Indian Civil Veterinary Department memoirs
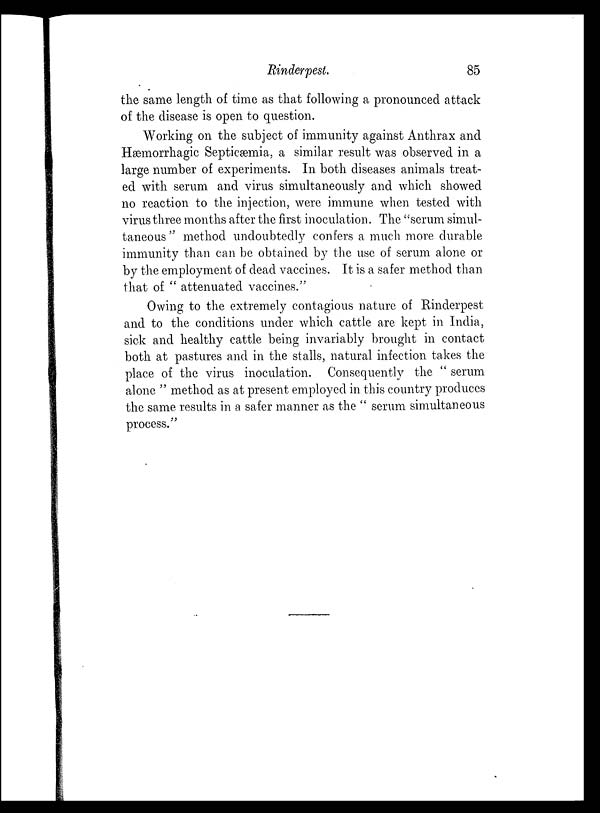
Rinderpest.
85
the same length of time as that following a pronounced attack
of the disease is open to question.
Working on the subject of immunity against Anthrax and
Hæmorrhagic Septicæmia, a similar result was observed in a
large number of experiments. In both diseases animals treat-
ed with serum and virus simultaneously and which showed
no reaction to the injection, were immune when tested with
virus three months after the first inoculation. The "serum simul-
taneous" method undoubtedly confers a much more durable
immunity than can be obtained by the use of serum alone or
by the employment of dead vaccines. It is a safer method than
that of " attenuated vaccines."
Owing to the extremely contagious nature of Rinderpest
and to the conditions under which cattle are kept in India,
sick and healthy cattle being invariably brought in contact
both at pastures and in the stalls, natural infection takes the
place of the virus inoculation. Consequently the " serum
alone " method as at present employed in this country produces
the same results in a safer manner as the " serum simultaneous
process."